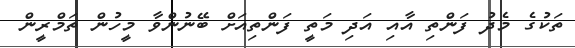
ތަކުގެ މެދު ފަންތި އާއި އަދި މަތީ ފަންތިއަށް ބޭނުންވާ މީހުން ތަމްރީން